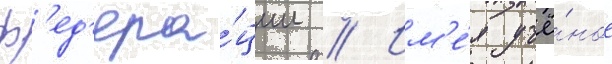
ф'ед'ера́ции // Им'е́я учё́ное